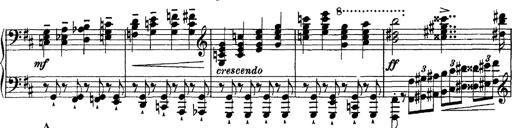
Title: Piano Sonata
Composer: Karl HÃ¤ssler
Key: C major